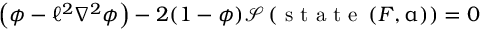
\left( \phi - \ell ^ { 2 } \nabla ^ { 2 } \phi \right) - 2 ( 1 - \phi ) \mathcal { S } \left( \mathrm { ~ s ~ t ~ a ~ t ~ e ~ } \left( \boldsymbol { F } , \boldsymbol { \upalpha } \right) \right) = 0